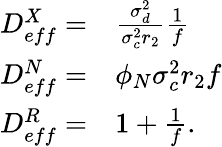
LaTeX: \begin{array}{rl}{D_{eff}^{X}=}&{{}\frac{\sigma_{d}^{2}}{\sigma_{c}^{2}r_{2}}\frac{1}{f}}\\ {D_{eff}^{N}=}&{{}\phi_{N}{\sigma_{c}^{2}r_{2}}f}\\ {D_{eff}^{R}=}&{{}1+\frac{1}{f}.}\end{array}